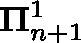
\mathbf { \Pi } _ { n + 1 } ^ { 1 }